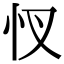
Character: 㣾